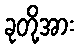
ခုတို့အား